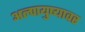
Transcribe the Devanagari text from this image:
अल्पायुष्यावर